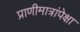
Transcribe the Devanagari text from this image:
प्राणीमात्रांपेक्षा